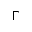
\Gamma